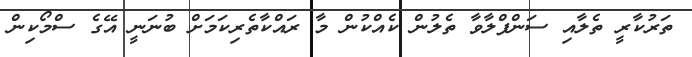
ތަރުކާރީ ތެލާއި ސަންފްލާވާ ތެލުން ކެއްކުން މާ ރައްކާތެރިކަމަށް ބުނަނީ އޭގެ ސްމޯކިން